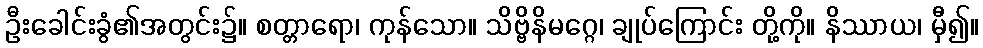
ဦးခေါင်းခွံ၏အတွင်း၌။ စတ္တာရော၊ ကုန်သော။ သိဗ္ဗိနိမဂ္ဂေ၊ ချုပ်ကြောင်း တို့ကို။ နိဿာယ၊ မှီ၍။